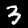
Label: 3